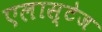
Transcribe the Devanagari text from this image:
एलास्टेज